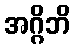
အဂ္ဂိဘိ